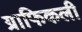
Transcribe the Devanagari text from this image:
ग्राफिकली